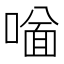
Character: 𠼟